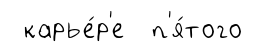
карье́р'е п'я́того